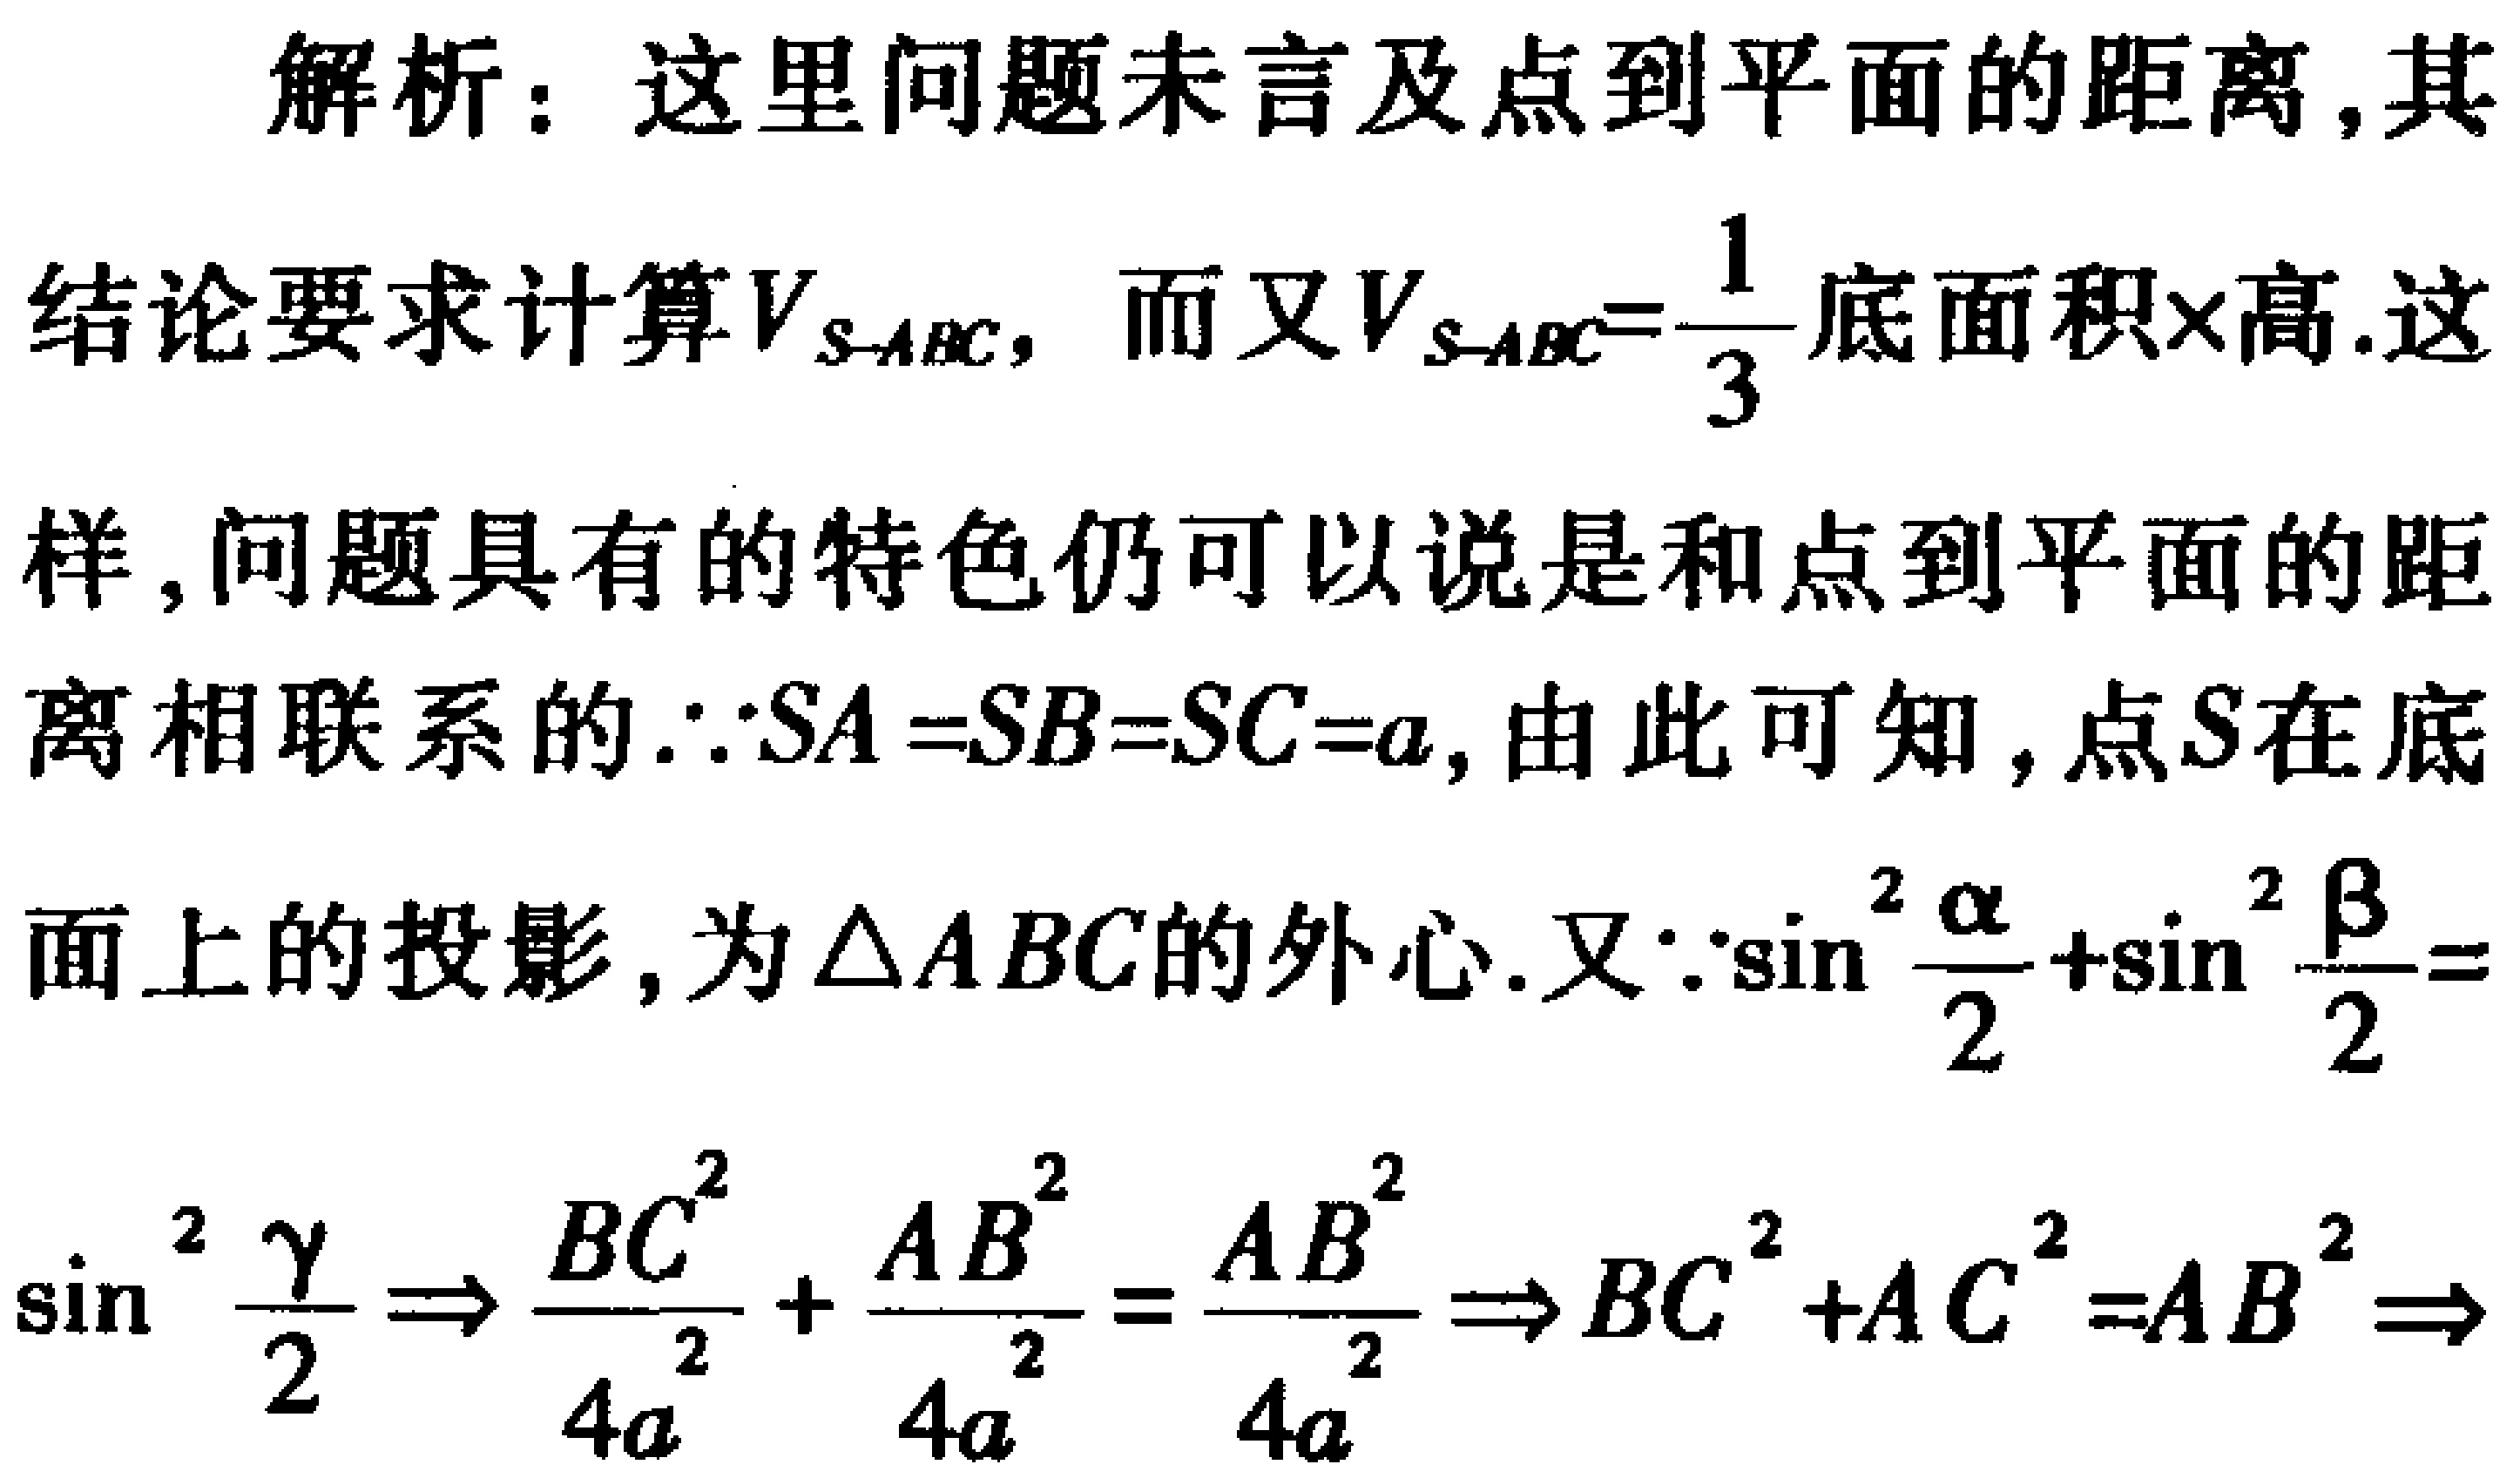
解析：这里问题未言及点到平面的距离,其
结论要求计算\(V_{S - ABC}\)，而又\(V_{S - ABC}=\frac{1}{3}\)底面积×高.这
样,问题具有的特色仍可以说是和点到平面的距
离相联系的.\(\because SA = SB = SC = a\),由此可知 , 点\(S\)在底
面上的投影 , 为\(\triangle ABC\)的外心.又\(\because\sin^{2}\frac{\alpha}{2}+\sin^{2}\frac{\beta}{2} =\)
\(\sin^{2}\frac{\gamma}{2}\Rightarrow\frac{BC^{2}}{4a^{2}}+\frac{AB^{2}}{4a^{2}}=\frac{AB^{2}}{4a^{2}}\Rightarrow BC^{2}+AC^{2}=AB^{2}\Rightarrow\)